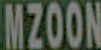
MZOON